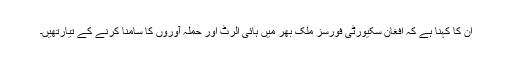
ان کا کہنا ہے کہ افغان سکیورٹی فورسز ملک بھر میں ہائی الرٹ اور حملہ آوروں کا سامنا کرنے کے تیارتھیں۔